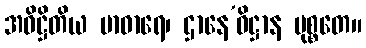
အဓိဋ္ဌိတိယ မာဓာရေ၊ ဌာနေ’ဓိဋ္ဌာန မုစ္စတေ။